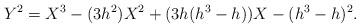
LaTeX: \begin{align*} Y^2=X^3-(3h^2)X^2+(3h(h^3-h))X-(h^3-h)^2. \end{align*}